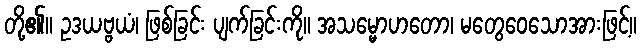
တို့၏။ ဥဒယဗ္ဗယံ၊ ဖြစ်ခြင်း ပျက်ခြင်းကို။ အသမ္မောဟတော၊ မတွေဝေသောအားဖြင့်။